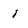
Character: i